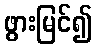
ဖွားမြင်၍